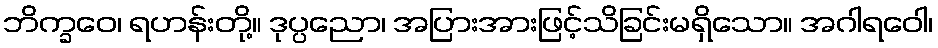
ဘိက္ခဝေ၊ ရဟန်းတို့။ ဒုပ္ပညော၊ အပြားအားဖြင့်သိခြင်းမရှိသော။ အဂါရဝေါ၊